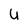
Character: U